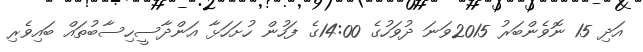
އަދި 15 ނޮވެންބަރު 2015ވަނަ ދުވަހުގެ 14:00ގެ ފަހުން ހުށަހަޅާ އަންދާސީހިސާބުތައް ބައިވެރި